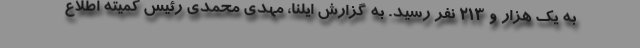
به یک هزار و ۲۱۳ نفر رسید. به گزارش ایلنا، مهدی محمدی رئیس کمیته اطلاع